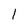
Character: 1